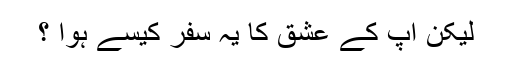
لیکن آپ کے عشق کا یہ سفر کیسے ہوا ؟